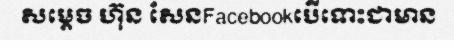
សម្តេច ហ៊ុន សែនFacebookបើទោះជាមាន